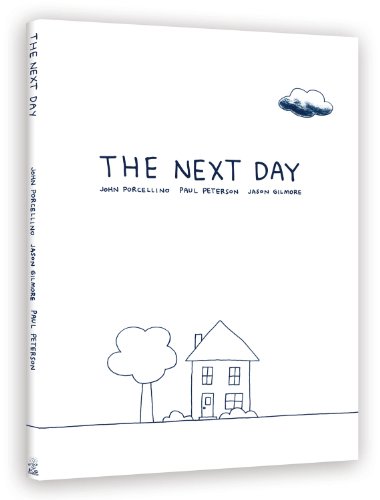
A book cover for The Next Day: A Graphic Novella; Jason Gilmore; Comics & Graphic Novels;